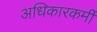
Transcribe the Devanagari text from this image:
अधिकारकर्मी